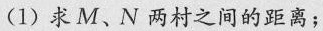
(1)求M、N两村之间的距离；